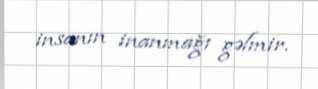
insanın inanmağı gəlmir.